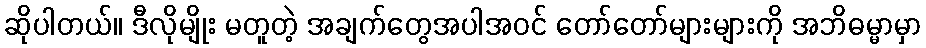
ဆိုပါတယ်။ ဒီလိုမျိုး မတူတဲ့ အချက်တွေအပါအဝင် တော်တော်များများကို အဘိဓမ္မာမှာ